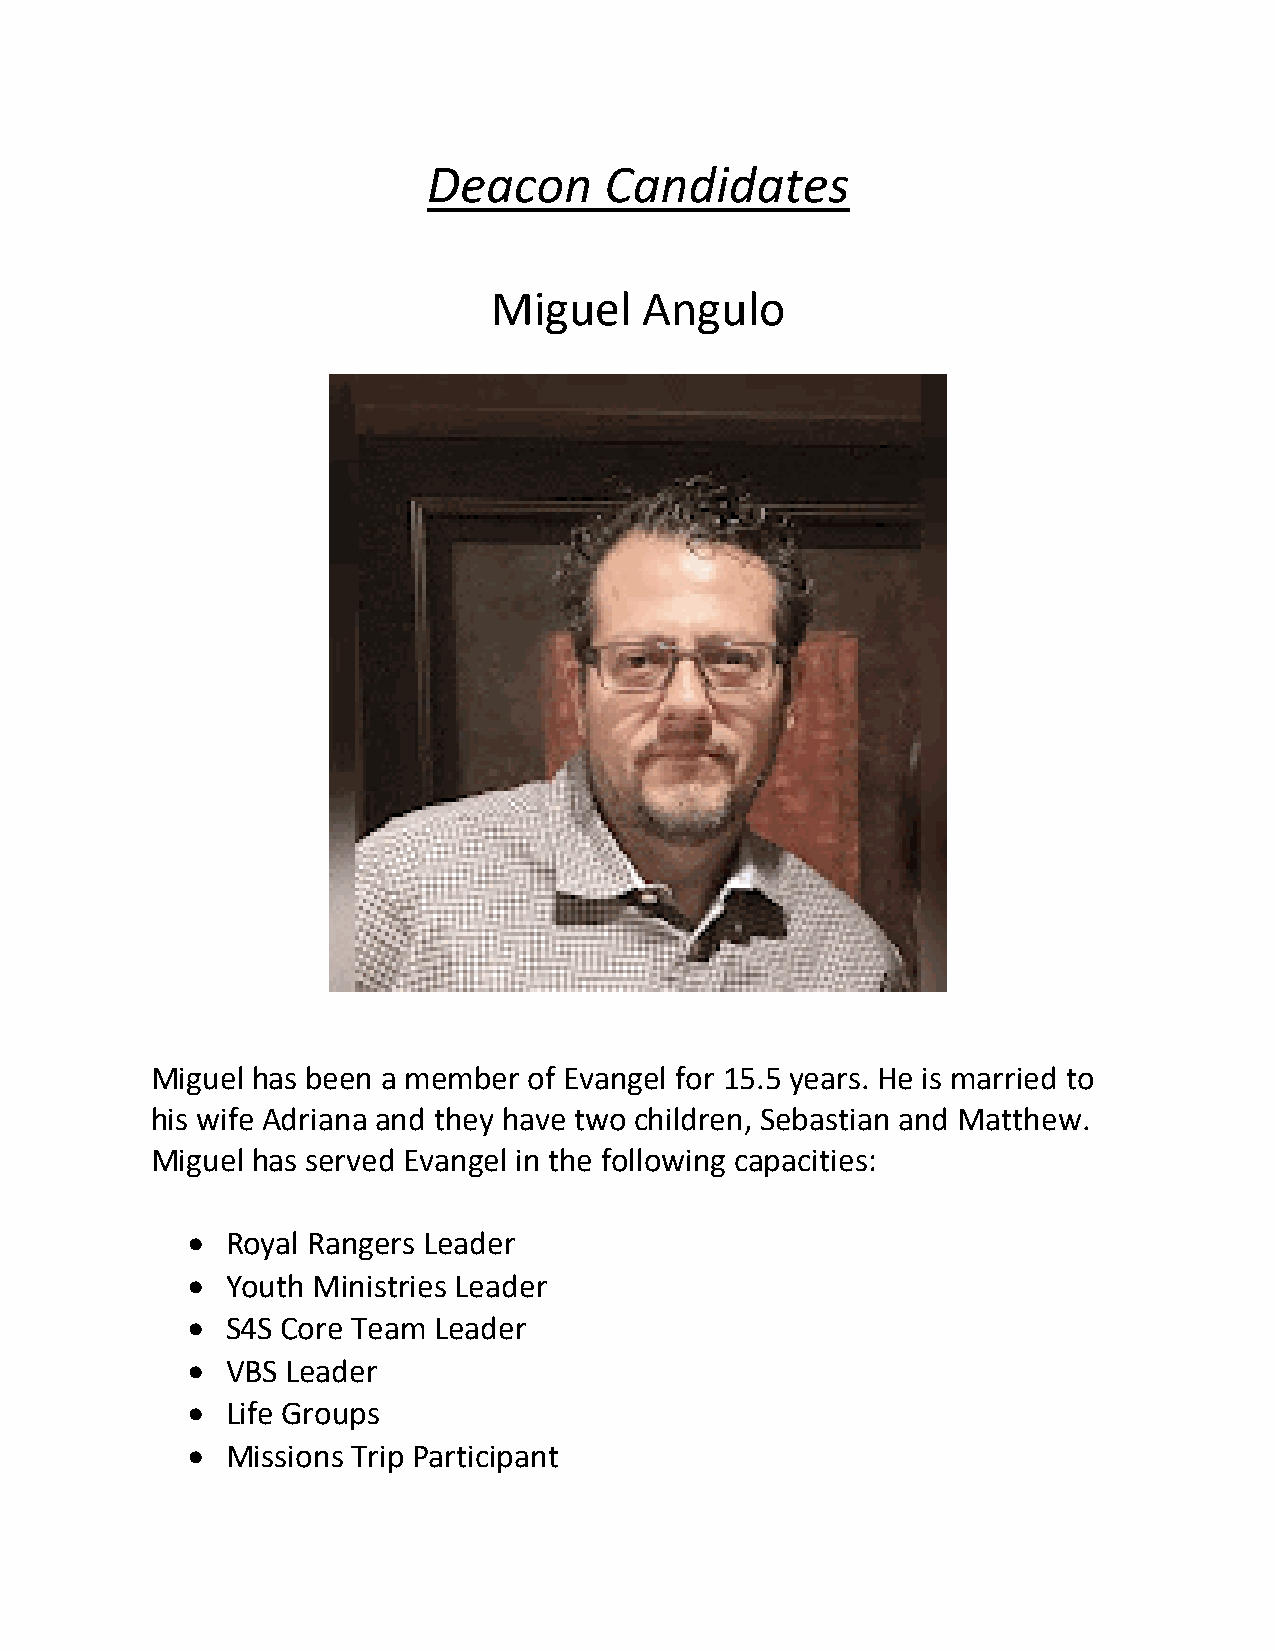
Deacon      Candidates
 Miguel     Angulo
 Miguel has been a member of Evangel for 15.5 years. He is married to
 his wife Adriana and they have two children, Sebastian and Matthew.
 Miguel has served Evangel in the following capacities:
 •  Royal Rangers Leader
 •  Youth Ministries Leader
 •  S4S Core Team Leader
 •  VBS Leader
 •  Life Groups
 •  Missions Trip Participant